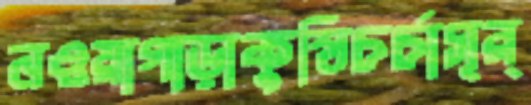
নওয়াগাড়াকুস্তিচর্চাসূর্